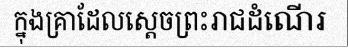
ក្នុងគ្រាដែលស្តេចព្រះរាជដំណើរ